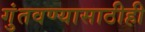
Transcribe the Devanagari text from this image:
गुंतवण्‍यासाठीही